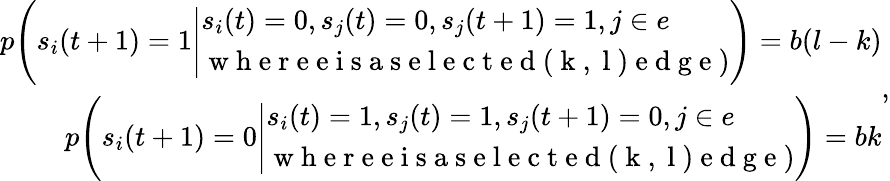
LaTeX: \begin{array}{r}{p\Bigg(s_{i}(t+1)=1\Bigg|\begin{array}{l}{s_{i}(t)=0,s_{j}(t)=0,s_{j}(t+1)=1,j\in e}\\ {\mathrm{~w~h~e~r~e~e~i~s~a~s~e~l~e~c~t~e~d~(~k~,~l~)~e~d~g~e~})}\end{array}\Bigg)=b(l-k)}\\ {p\Bigg(s_{i}(t+1)=0\Bigg|\begin{array}{l}{s_{i}(t)=1,s_{j}(t)=1,s_{j}(t+1)=0,j\in e}\\ {\mathrm{~w~h~e~r~e~e~i~s~a~s~e~l~e~c~t~e~d~(~k~,~l~)~e~d~g~e~})}\end{array}\Bigg)=bk}\end{array},